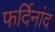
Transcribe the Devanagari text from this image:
फर्दिनांद